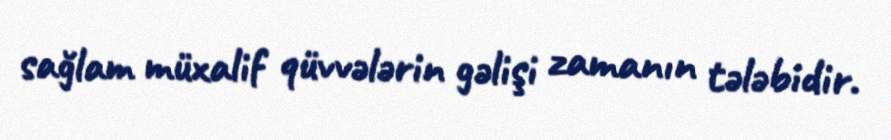
sağlam müxalif qüvvələrin gəlişi zamanın tələbidir.